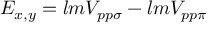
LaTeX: E _ { x , y } = l m V _ { p p \sigma } - l m V _ { p p \pi }